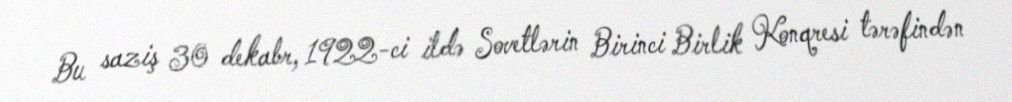
Bu saziş 30 dekabr, 1922-ci ildə Sovetlərin Birinci Birlik Konqresi tərəfindən